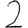
Digit: 2